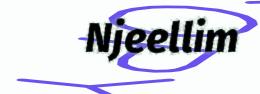
Njeellim